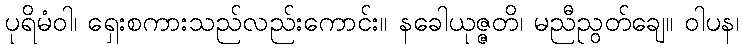
ပုရိမံဝါ၊ ရှေးစကားသည်လည်းကောင်း။ နခေါယုဇ္ဇတိ၊ မညီညွတ်ချေ။ ဝါပန၊